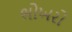
ભોખરો